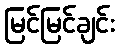
မြင်မြင်ချင်း